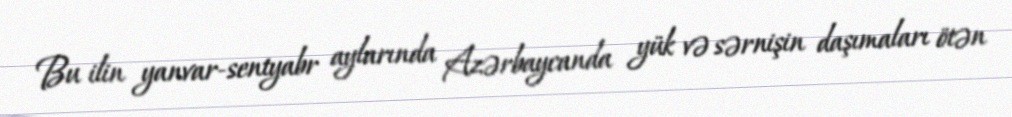
Bu ilin yanvar-sentyabr aylarında Azərbaycanda yük və sərnişin daşımaları ötən